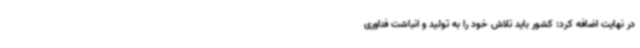
در نهایت اضافه کرد: کشور باید تلاش خود را به تولید و انباشت فناوری